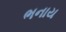
ભનાય